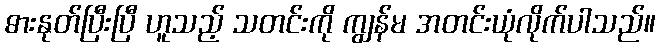
ဓားနုတ်ပြီးပြီ ဟူသည့် သတင်းကို ကျွန်မ အတင်းယုံလိုက်ပါသည်။